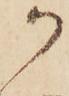
か